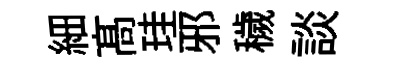
細髙珪邪穢談